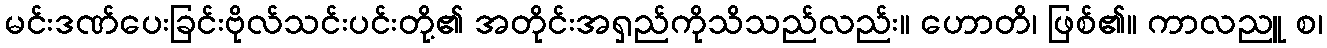
မင်းဒဏ်ပေးခြင်းဗိုလ်သင်းပင်းတို့၏ အတိုင်းအရှည်ကိုသိသည်လည်း။ ဟောတိ၊ ဖြစ်၏။ ကာလညူ စ၊